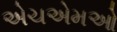
એચએમઓ